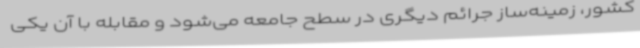
کشور، زمینه‌ساز جرائم دیگری در سطح جامعه می‌شود و مقابله با آن یکی